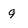
Character: 9